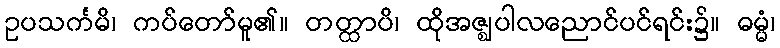
ဥပသင်္ကမိ၊ ကပ်တော်မူ၏။ တတ္ထာပိ၊ ထိုအဇ္ဈပါလညောင်ပင်ရင်း၌။ ဓမ္မံ၊